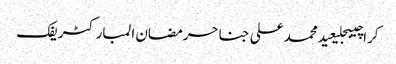
کراچیبجلیعیدمحمد علی جناحرمضان المبارکٹریفک